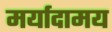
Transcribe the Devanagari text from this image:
मर्यादामय